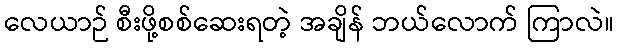
လေယာဉ် စီးဖို့စစ်ဆေးရတဲ့ အချိန် ဘယ်လောက် ကြာလဲ။